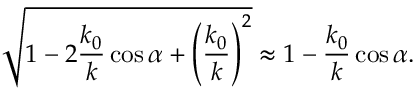
\sqrt { 1 - 2 \frac { k _ { 0 } } { k } \cos \alpha + \left( \frac { k _ { 0 } } { k } \right) ^ { 2 } } \approx 1 - \frac { k _ { 0 } } { k } \cos \alpha .